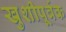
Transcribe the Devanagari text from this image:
खुशीपूर्वक